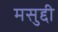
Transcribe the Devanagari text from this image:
मसुद्दी